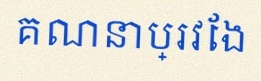
គណនាប្រវែង